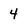
Character: 4